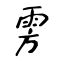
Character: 雱